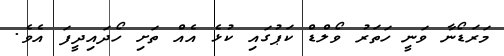
މަރަޑޯނާ ވަނީ ހަތަރު ވޯލްޑް ކަޕުގައި ކުޅެ އެއް ތަށި ހޯދައިދީފަ އެވެ.